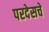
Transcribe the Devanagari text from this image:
परदेसचे